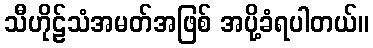
သီဟိုဠ်သံအမတ်အဖြစ် အပို့ခံရပါတယ်။